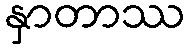
နှာတာဿ